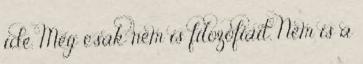
ide. Még csak nem is filozófiait. Nem is a